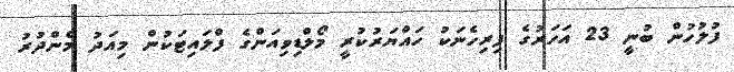
ފުލުހުން ބުނީ 23 އަހަރުގެ ފިރިހެނަކު ހައްޔަރުކުރީ މޯލްޑިވިއަންގެ ފްލައިޓަކުން މިއަދު މެންދުރު